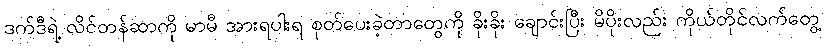
ဒက်ဒီရဲ့ လိင်တန်ဆာကို မာမီ အားရပါးရ စုတ်ပေးခဲ့တာတွေကို ခိုးခိုး ချောင်းပြီး မိပိုးလည်း ကိုယ်တိုင်လက်တွေ့